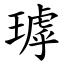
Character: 㻯